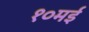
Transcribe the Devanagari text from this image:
१०मई